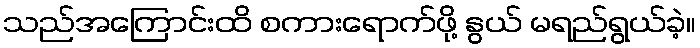
သည်အကြောင်းထိ စကားရောက်ဖို့ နွယ် မရည်ရွယ်ခဲ့။